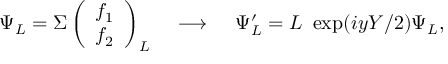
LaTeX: \Psi _ { L } = \Sigma \left( \begin{array} { c } { { f _ { 1 } } } \\ { { f _ { 2 } } } \end{array} \right) _ { L } \; \; \; \; \longrightarrow \; \; \; \; \Psi _ { L } ^ { \prime } = L ~ \exp ( i y Y / 2 ) \Psi _ { L } ,